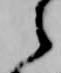
之